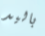
باليد